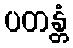
ပတန္တံ